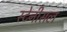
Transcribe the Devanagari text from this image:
स्टेनीसल